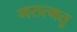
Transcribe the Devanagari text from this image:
गरुत्मतु